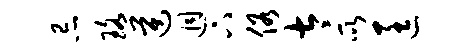
忌珞逆迥下俗太所匡